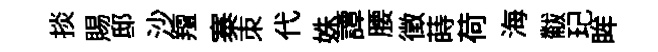
掞賜邸沙羶寨朿代姝譚腰徵蒔荷海黻玘眸